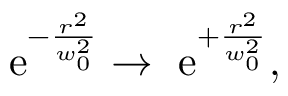
\begin{array} { r } { \mathrm { e } ^ { - \frac { r ^ { 2 } } { w _ { 0 } ^ { 2 } } } \rightarrow \ \mathrm { e } ^ { + \frac { r ^ { 2 } } { w _ { 0 } ^ { 2 } } } , } \end{array}